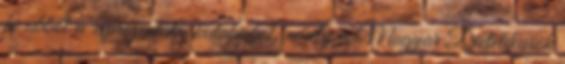
ki abból a reprezentatív kutatásból, amely a Magyar Dietetikusok